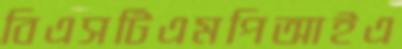
বিএসটিএমপিআইএ